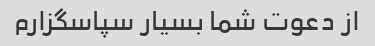
از دعوت شما بسیار سپاسگزارم